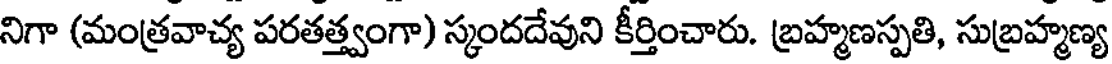
నిగా (మంత్రవాచ్య పరతత్త్వంగా) స్కందదేవుని కీర్తించారు. బ్రహ్మణస్పతి, సుబ్రహ్మణ్య